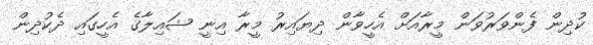
ކުދިން ފެންވަރުވަން މީރާއަށް އެހީވާން ދިޔައިރު މީރާ އިނީ ޝައިލާގެ އެހީގައި ދެކުދިން